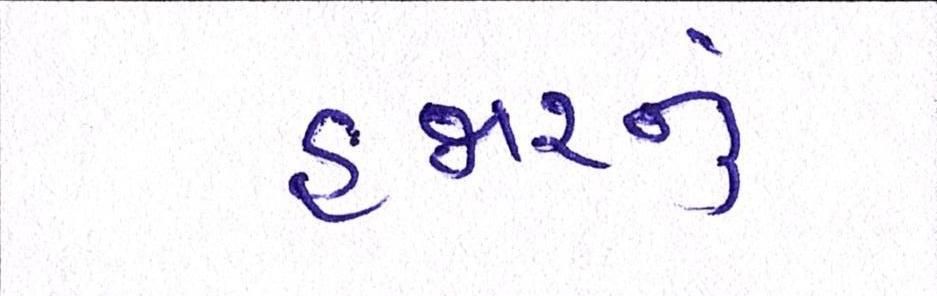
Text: હજારનું